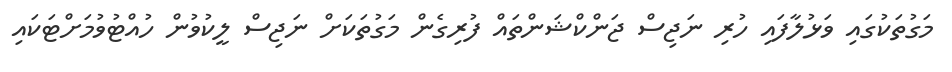
މަގުތަކުގައި ވަޅުލާފައި ހުރި ނަޖިސް ޖަންކްޝަންތައް ފުރިގެން މަގުތަކަށް ނަޖިސް ލީކުވުން ހުއްޓުވުމަށްޓަކައި